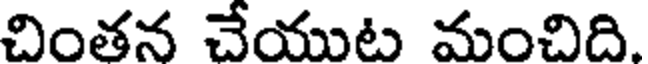
చింతన చేయుట మంచిది.